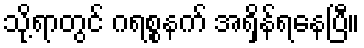
သို့ရာတွင် ဂရစ္စနက် အရှိန်ရနေပြီ။